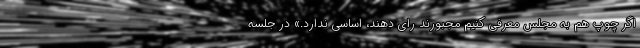
اگر چوپ هم به مجلس معرفی کنیم مجبورند رای دهند، اساسی ندارد.» در جلسه